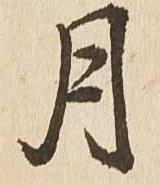
月